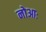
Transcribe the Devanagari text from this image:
नोआः